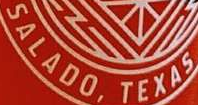
SALADO, TEXAS